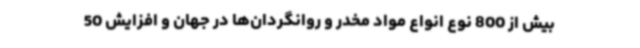
بیش از 800 نوع انواع مواد مخدر و روانگردان‌ها در جهان و افزایش 50